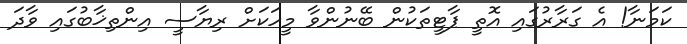
ކަމަނާ! އެ ގަރާރުގައި އޮތީ ޕާޓީތަކުން ބޭނުންވާ މީހަކަށް ރިޔާސީ އިންތިޚާބުގައި ވާދަ